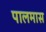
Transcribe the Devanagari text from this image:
पालमास